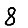
Digit: 8